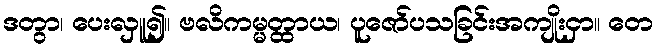
ဒတွာ၊ ပေးလှူ၍။ ဗလိကမ္မတ္ထာယ၊ ပူဇော်ပသခြင်းအကျိုးငှာ။ တေ